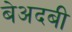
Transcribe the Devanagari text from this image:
बेअदबी